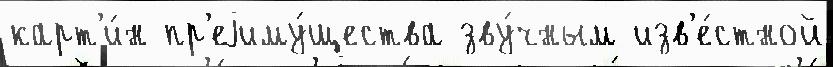
карт'и́н пр'еjиму́щества зву́чным изв'е́стной